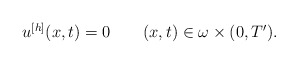
\begin{align*}\begin{array}{l} u^{[h]}(x,t)=0\ \ \ \ \ \ (x,t)\in\omega\times(0,T').\end{array}\end{align*}